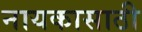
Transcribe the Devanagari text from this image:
नायकासाठी